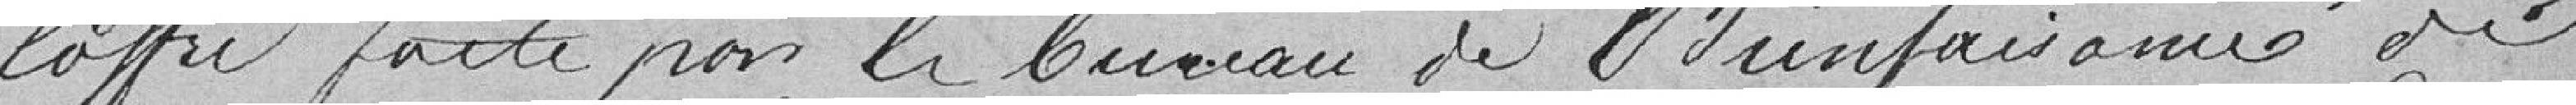
l'offre faite par le bureau de bienfaisance de